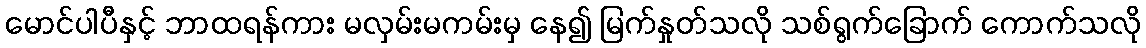
မောင်ပါပီနှင့် ဘာထရန်ကား မလှမ်းမကမ်းမှ နေ၍ မြက်နှုတ်သလို သစ်ရွက်ခြောက် ကောက်သလို